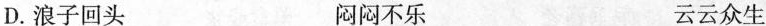
D.浪子回头 闷闷不乐 云云众生